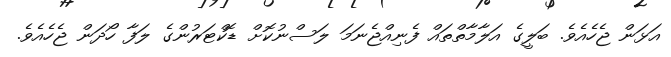
އަޅަން ޖެހެއެވެ. ބަލީގެ އަލާމާތްތައް ފެނިއްޖެނަމަ ލަސްނުކޮށް ޑޮކްޓަރުންގެ ލަފާ ހޯދަން ޖެހެއެވެ.